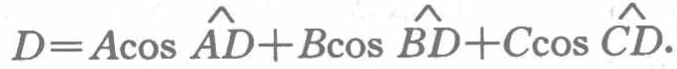
\(D = A\cos\hat{AD}+B\cos\hat{BD}+C\cos\hat{CD}\)